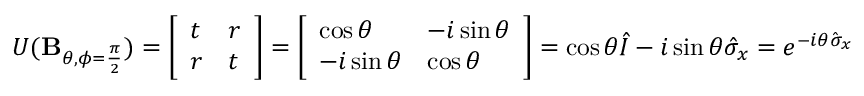
U ( \mathbf { B } _ { \theta , \phi = { \frac { \pi } { 2 } } } ) = { \left[ \begin{array} { l l } { t } & { r } \\ { r } & { t } \end{array} \right] } = { \left[ \begin{array} { l l } { \cos \theta } & { - i \sin \theta } \\ { - i \sin \theta } & { \cos \theta } \end{array} \right] } = \cos \theta { \hat { I } } - i \sin \theta { \hat { \sigma } } _ { x } = e ^ { - i \theta { \hat { \sigma } } _ { x } }